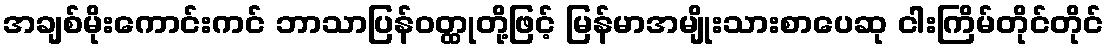
အချစ်မိုးကောင်းကင် ဘာသာပြန်ဝတ္ထုတို့ဖြင့် မြန်မာအမျိုးသားစာပေဆု ငါးကြိမ်တိုင်တိုင်